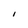
Character: I